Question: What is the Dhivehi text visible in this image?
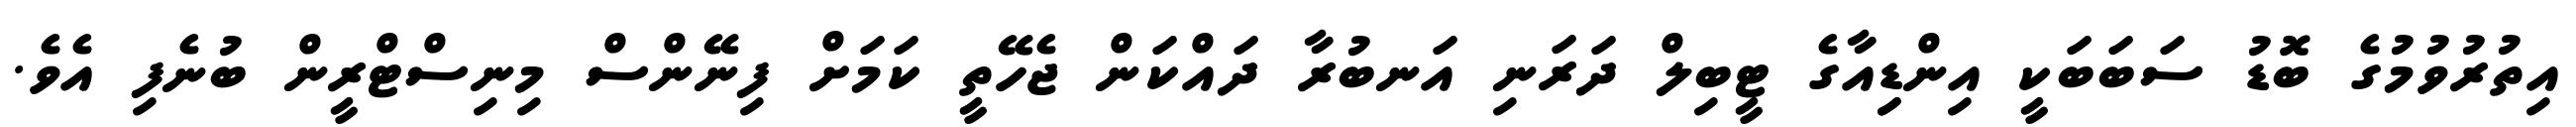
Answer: އިތުރުވުމުގެ ބޮޑު ސަބަބަކީ އިންޑިިއާގެ ޓީބިލް ދަރަނި އަނބުރާ ދައްކަން ޖެހޭތީ ކަމަށް ފިނޭންސް މިނިސްޓްރީން ބުނެފި އެވެ.